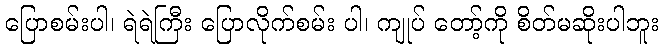
ပြောစမ်းပါ၊ ရဲရဲကြီး ပြောလိုက်စမ်း ပါ၊ ကျုပ် တော့်ကို စိတ်မဆိုးပါဘူး